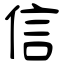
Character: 信